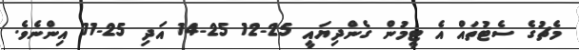
މެޗުގެ ސެޓުތައް އެ ޓީމުން ގެންދިޔައީ 25-12 25-14 އަދި 25-11 އިންނެވެ.